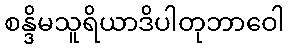
စန္ဒိမသူရိယာဒိပါတုဘာဝေါ